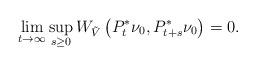
LaTeX: \begin{align*}\lim_{t\to \infty}\sup_{s\geq 0}W_{\tilde V}\left( P_t^*\nu_0, P_{t+s}^*\nu_0\right)=0.\end{align*}